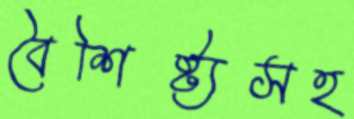
বৈশিষ্ট্যসহ